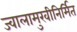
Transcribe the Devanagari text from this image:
ज्वालामुखीनिर्मित